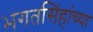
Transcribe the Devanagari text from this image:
भगतसिंहांच्या